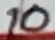
Text: 10